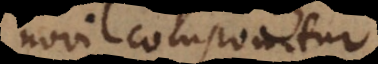
novi componitur,